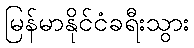
မြန်မာနိုင်ငံခရီးသွား